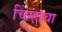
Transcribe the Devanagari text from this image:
चिंन्हाचा